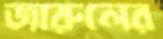
জারুলের